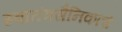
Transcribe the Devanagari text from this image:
स्वातंत्रसैनिकाचे